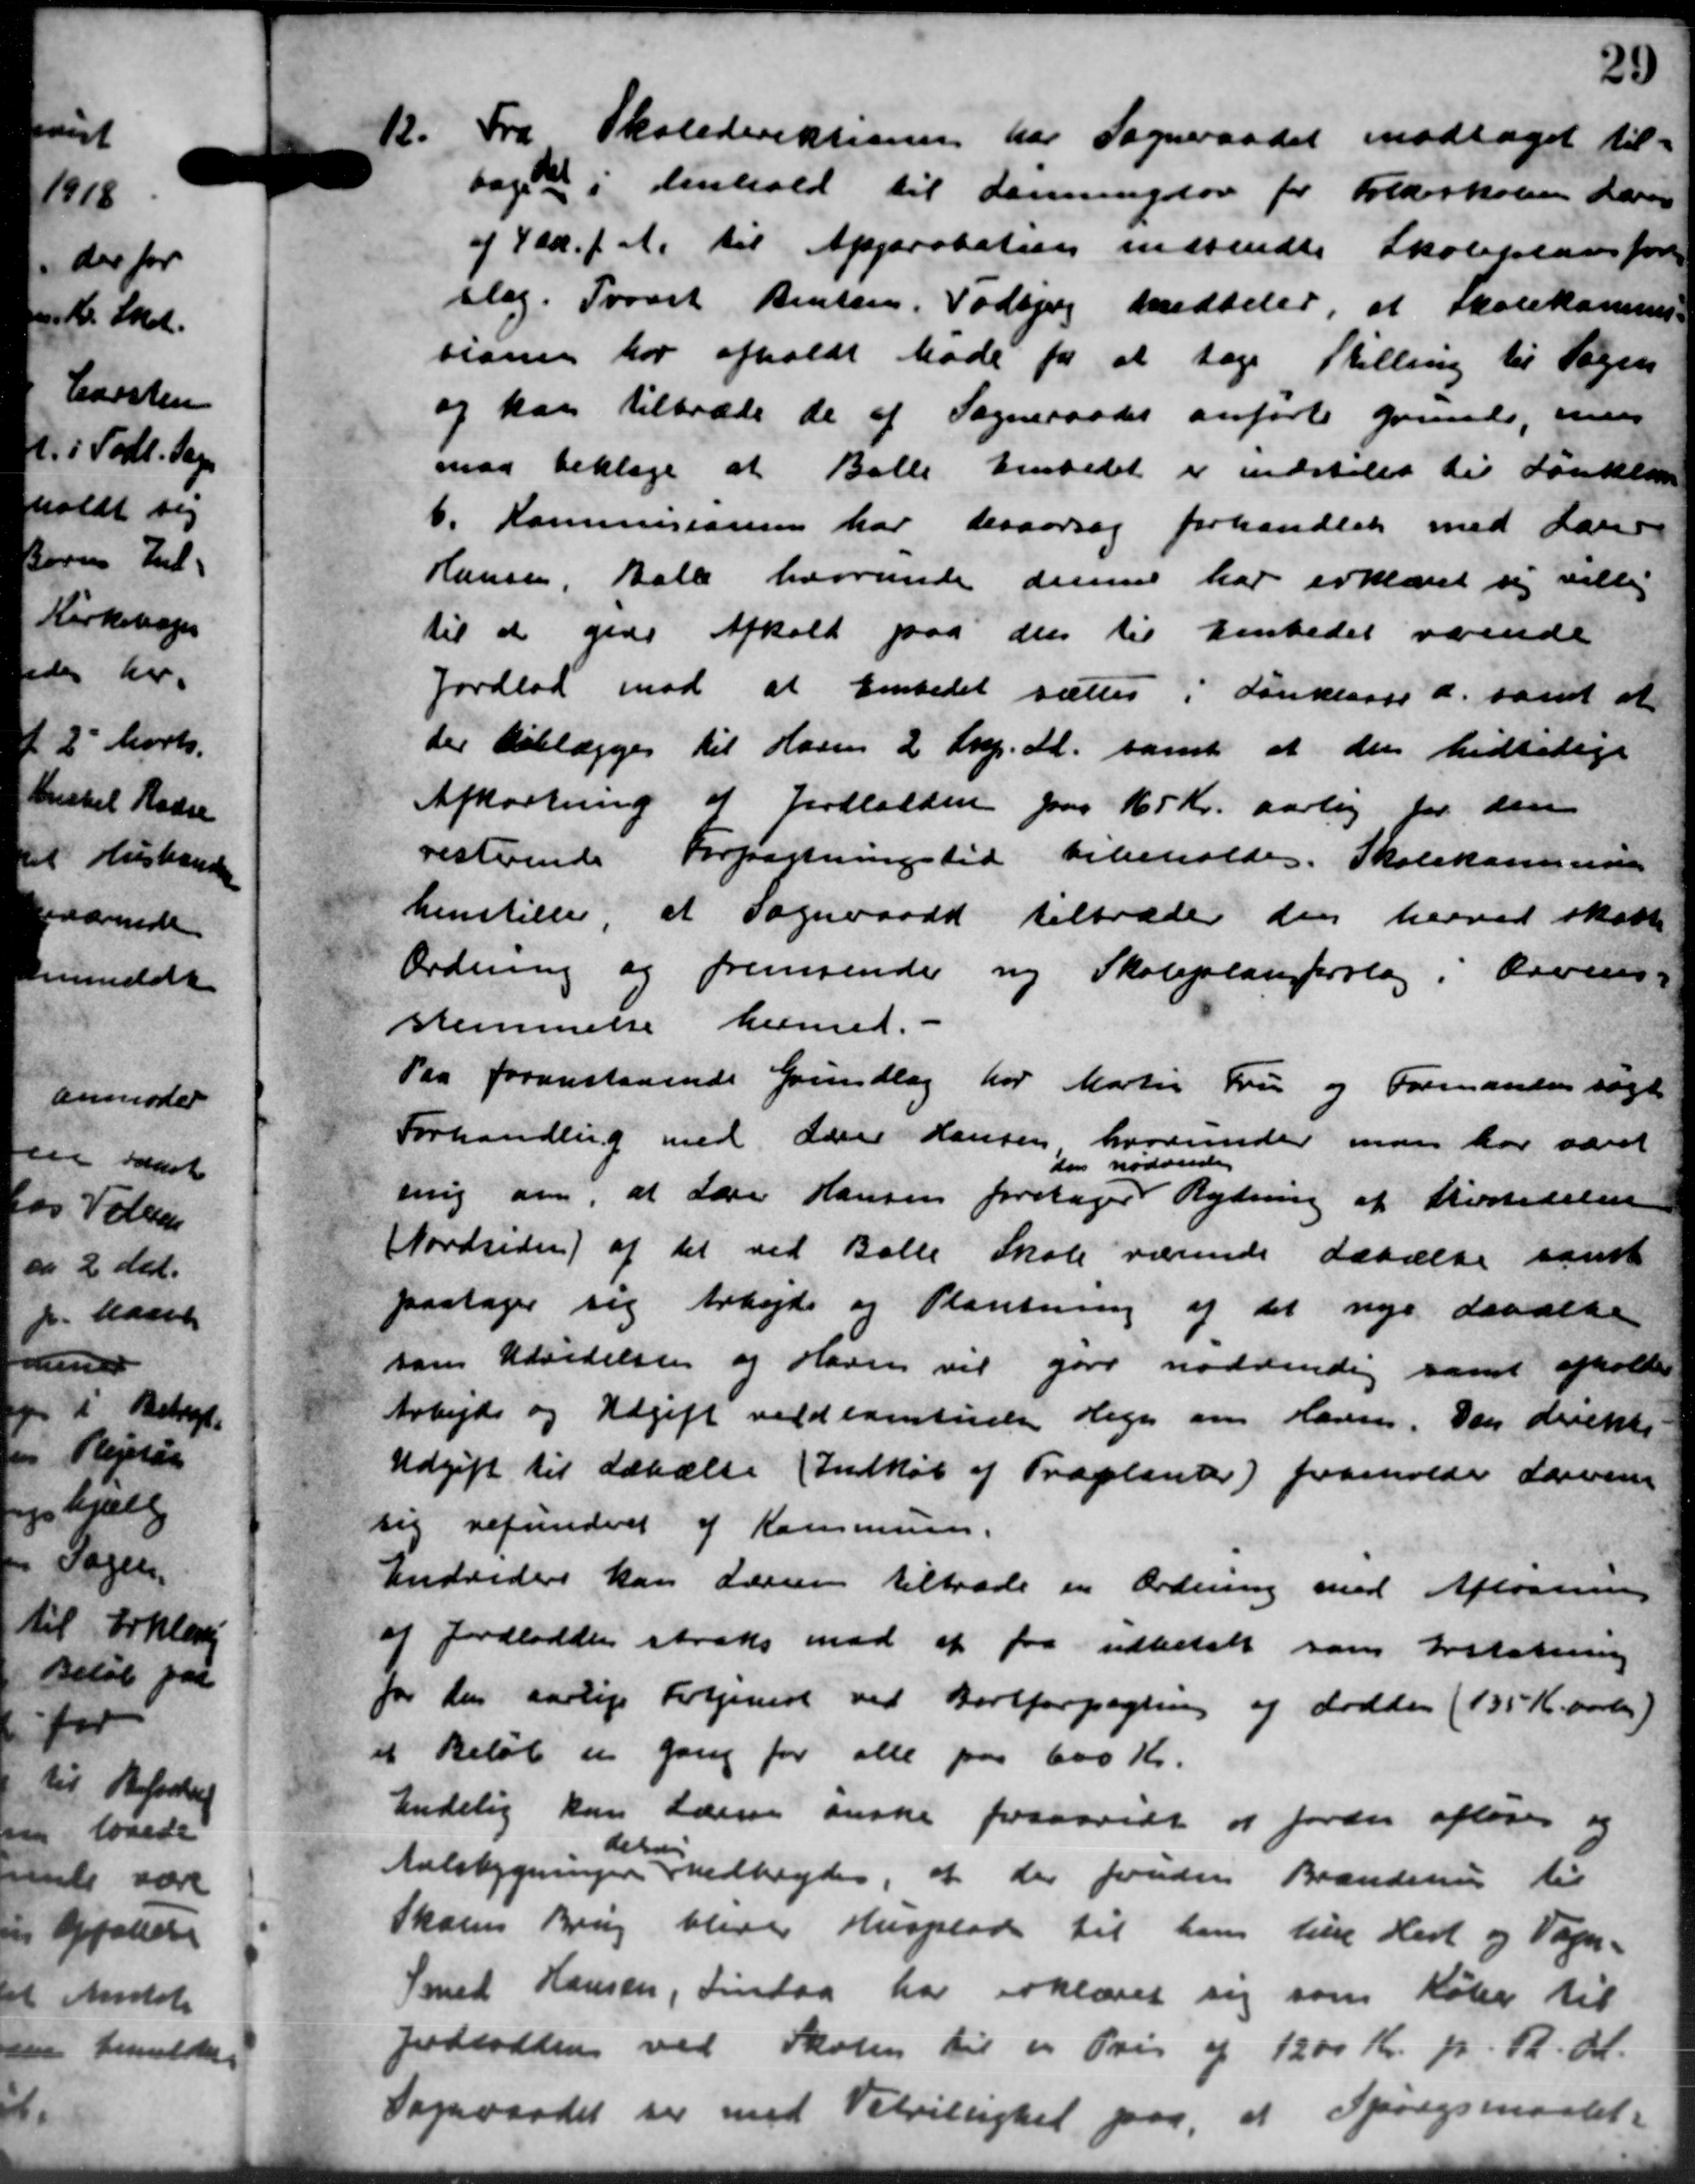
Transskription:
12.
Fra Skoledirektionen har Sogneraadet modtaget til-
tages i Henhold til Lønningslov for Folkeskolen Lærer
af 4 ds. f. A. til Approbation indsendte Skolepladsfore-
slag. Traart Renten, Todbjerg meddeler at Skolekommis-
sionen har afholdt Møde for at tage Stilling til Sagen
og kan tiltræde de af Sogneraadet anførte Grunde, men
maa beklage at Balle Embedet er indstiles til Forklar
6. Kommisionen har desforsag forhandlede med Laur
Hansen, Balle hvorunde denne har erklæret sig villig
til at give Afhold paa den til Embedet værende
Jordlod mod at Embedet sættes i Lanklasse d. samt at
der tillægges til Hasen 2 Skp. M. samt at den hidtilige
Afkortning af Jordlodden paa 165 Kr. aarlig for den
resterende Forpagtningstid bibeholdes. Skolekasminis
henstiller at Sogneraadet tiltræder den herved skatte
Ordning og fremsender ny Skoleplan forslag i Ovens-
stemmelse hermed. -
Paa foranstaaende Grundlag for Martin Fru og Formanden søgt
Forhandling med Lærer Hansen hvorunder man har været
ring om, at Lærer Hansen foretager
a ødvendte
Rydning af Klæstedelen
Nordsiden) af det ved Balle Skole værende devælde samt
paatager sig Arbejde og Plantning af det nye davalte
som Udvidelsen og Havnen vil gøre nødvendig samt afholdes
Arbejds og Udgift vedlagtede Hegn om Haven. Den direkte
Udgift til Læbælte Indkøb af Traplanter) franholde deren
sig refundret af Kommunen.
Endvidere kan Lærer tiltræde en Ordning med Afløsning
af Jordlodden straks mod at faa udbetalt som Erstatning
for den aarlige Fortjenest ved Bortforpagning af dodden (135 Kr. aarlig)
et Beløb er gang for alle paa 600 Kr.
Endelig kan lærere ønske forsaavidt at forder afløses og
Aalebygningen
delse
vedbydes, at der foruden Brændering til
Skolens Brug bliver Husplads til hans til Herl og Vogn -
Smed Hansen, Tirsdag har erklæret sig som Købe til
Jordlodden ved Skolen til en Pris af 1200 Kr. pr. R. A.
Sogneraadet ser med Velvillighed paa, at Spørgsmaalet.